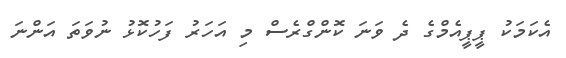
އެކަމަކު ޕީޕީއެމްގެ ދެ ވަނަ ކޮންގްރެސް މި އަހަރު ފަހުކޮޅު ނުވަތަ އަންނަ